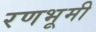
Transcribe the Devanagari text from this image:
रणभूमी